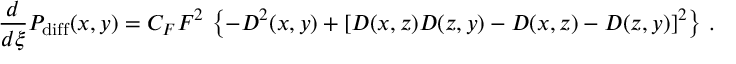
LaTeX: { \frac { d } { d \xi } } P _ { \mathrm { d i f f } } ( x , y ) = C _ { F } F ^ { 2 } \, \left\{ - D ^ { 2 } ( x , y ) + \left[ D ( x , z ) D ( z , y ) - D ( x , z ) - D ( z , y ) \right] ^ { 2 } \right\} \, .